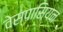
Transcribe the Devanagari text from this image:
वेस्पासियन